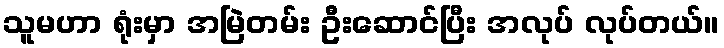
သူမဟာ ရုံးမှာ အမြဲတမ်း ဦးဆောင်ပြီး အလုပ် လုပ်တယ်။